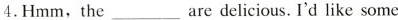
4.Hmm,the___are delicious. I'd like some